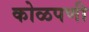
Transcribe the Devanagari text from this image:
कोळपणी